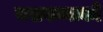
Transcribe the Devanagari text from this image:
बसवन्नाको